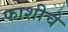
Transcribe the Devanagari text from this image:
फाशीचे